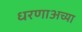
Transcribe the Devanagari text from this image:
धरणाअच्या